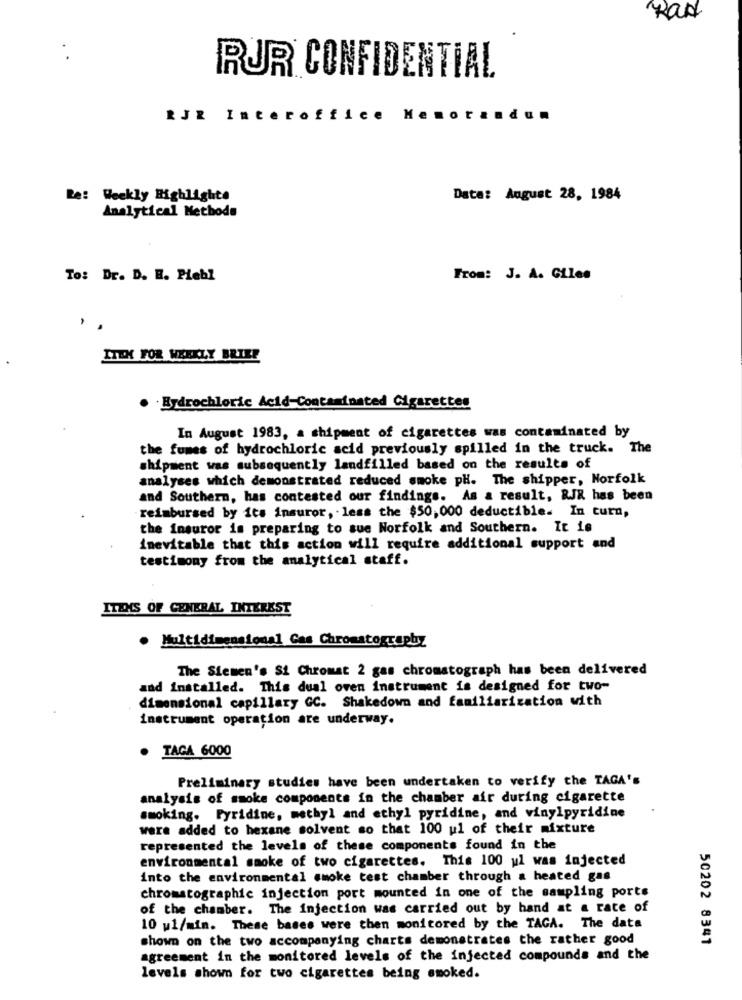
Rad
RUR CONFIDENTIAL
RJR Interoffice
Meno
d
Re: Weekly Highlights
Date: August 28, 1984
Analytical Methode
To: Dr. D. H. Piebl
From: J. A. Giles
. .
ITEM FOR WEEKLY BRIEE
Hydrochloric Acid-Contaminated Cigaretter
In August 1983, a shipment of cigarettes was contaminated by
the fumes of hydrochloric acid previously spilled in the truck. The
shipment was subsequently landfilled based on the results of
analyses which demonstrated reduced smoke pH. The shipper, Norfolk
and Southern, has contested our findings. As a result, RJR has been
reimbursed by its insuror, less the $50, 000 deductible. In turn,
the insuror is preparing to sue Norfolk and Southern. It is
inevitable that this action will require additional support and
testimony from the analytical staff.
ITEMS OF GENERAL INTEREST
Multidimensional Gas Chromatography
The Siemen's Si Chromat 2 gas chromatograph has been delivered
and installed. This dual oven instrument is designed for two-
dimensional capillary GC. Shakedown and familiarization with
instrument operation are underway.
· TAGA 6000
Preliminary studies have been undertaken to verify the TAGA's
analysis of smoke components in the chamber air during cigarette
smoking. Pyridine, methyl and ethyl pyridine, and vinylpyridine
were added to hexane solvent so that 100 ul of their mixture
represented the levels of these components found in the
environmental smoke of two cigarettes. This 100 ul was injected
into the environmental smoke test chamber through a heated gas
chromatographic injection port mounted in one of the sampling ports
of the chamber. The Injection was carried out by hand at a rate of
10 u1/min. These bases were then monitored by the TAGA. The data
shown on the two accompanying charts demonstrates the rather good
50202 8341
agreement in the monitored levels of the injected compounds and the
levels shown for two cigarettes being smoked.